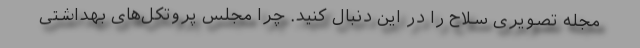
مجله تصویری سلاح را در این دنبال کنید. چرا مجلس پروتکل‌های بهداشتی